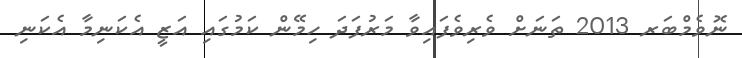
ނޮވެމްބަރ 2013 ތަނަށް ވެރިވެފައިވާ މަރުފަދަ ހިމޭން ކަމުގައި އަޒީ އެކަނިމާ އެކަނި